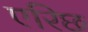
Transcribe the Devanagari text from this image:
एरिछ